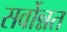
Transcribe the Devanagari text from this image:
सर्वोन्नत